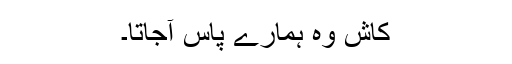
کاش وہ ہمارے پاس آجاتا۔